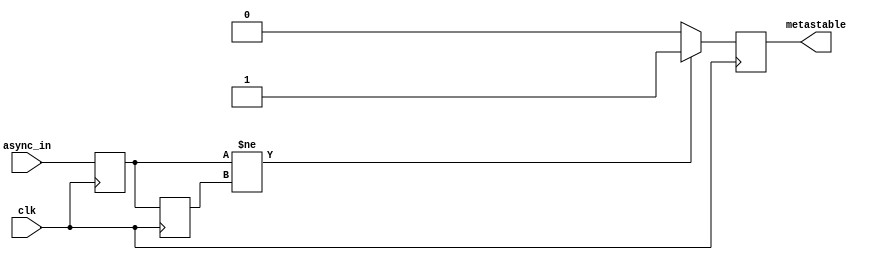
module metastability_detector (
    input wire async_in,  // Asynchronous input signal
    input wire clk,       // Clock signal
    output reg metastable // Output signal indicating metastability
);

    // Internal signals for the flip-flops
    reg ff1_out; // Output of the first flip-flop
    reg ff2_out; // Output of the second flip-flop

    // Flip-flop 1: samples the asynchronous input
    always @(posedge clk) begin
        ff1_out <= async_in;
    end

    // Flip-flop 2: samples the output of the first flip-flop
    always @(posedge clk) begin
        ff2_out <= ff1_out;
    end

    // Metastability detection logic
    always @(posedge clk) begin
        // Check for a change in the first flip-flop output
        if (ff1_out != ff2_out) begin
            metastable <= 1'b1; // Metastability detected
        end else begin
            metastable <= 1'b0; // No metastability
        end
    end

endmodule